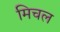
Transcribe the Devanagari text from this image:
मिचल